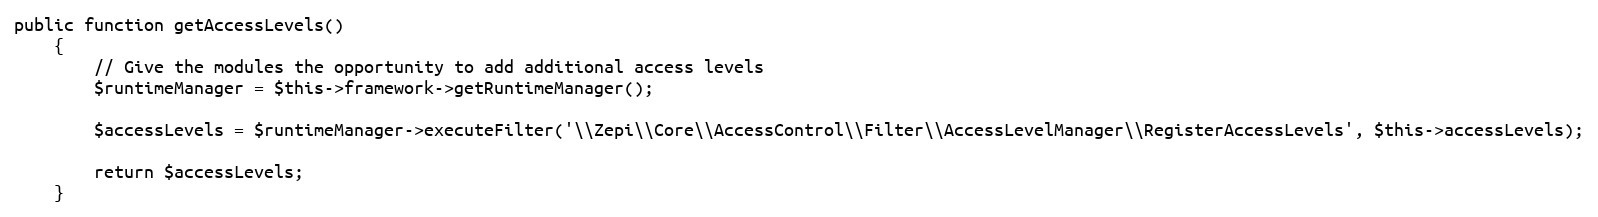
Language: PHP
public function getAccessLevels()
    {
        // Give the modules the opportunity to add additional access levels
        $runtimeManager = $this->framework->getRuntimeManager();

        $accessLevels = $runtimeManager->executeFilter('\\Zepi\\Core\\AccessControl\\Filter\\AccessLevelManager\\RegisterAccessLevels', $this->accessLevels);

        return $accessLevels;
    }